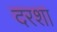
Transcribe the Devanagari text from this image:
दरशा